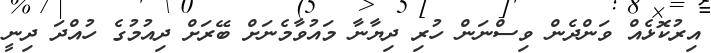
އިރުކޮޅެއް ވަންދެން ވިސްނަން ހުރި ދިޔާނާ މައުވާމެނަށް ބޭރަށް ދިއުމުގެ ހުއްދަ ދިނީ